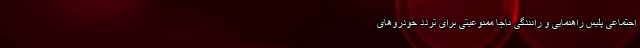
اجتماعی پلیس راهنمایی و رانندگی ناجا ممنوعیتی برای تردد خودروهای